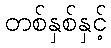
တစ်နှစ်နှင့်